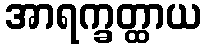
အာရက္ခတ္ထာယ